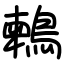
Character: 鶫